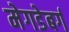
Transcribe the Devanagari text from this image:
मेगडेबर्ग